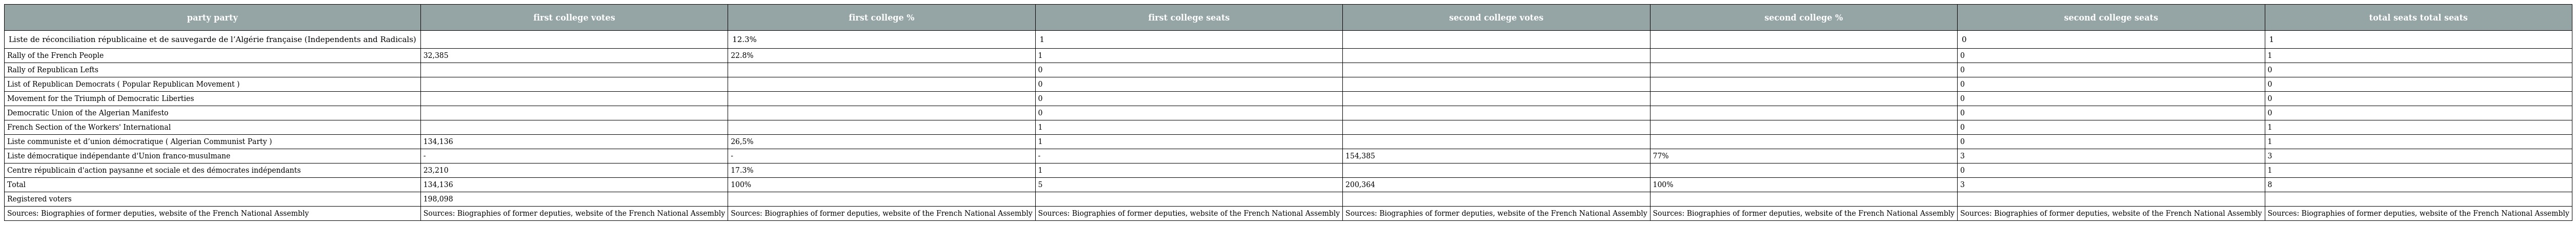
| party party | first college votes | first college % | first college seats | second college votes | second college % | second college seats | total seats total seats |
 | --- | --- | --- | --- | --- | --- | --- | --- |
 | Liste de réconciliation républicaine et de sauvegarde de l’Algérie française (Independents and Radicals) |  | 12.3% | 1 |  |  | 0 | 1 |
 | Rally of the French People | 32,385 | 22.8% | 1 |  |  | 0 | 1 |
 | Rally of Republican Lefts |  |  | 0 |  |  | 0 | 0 |
 | List of Republican Democrats ( Popular Republican Movement ) |  |  | 0 |  |  | 0 | 0 |
 | Movement for the Triumph of Democratic Liberties |  |  | 0 |  |  | 0 | 0 |
 | Democratic Union of the Algerian Manifesto |  |  | 0 |  |  | 0 | 0 |
 | French Section of the Workers' International |  |  | 1 |  |  | 0 | 1 |
 | Liste communiste et d’union démocratique ( Algerian Communist Party ) | 134,136 | 26,5% | 1 |  |  | 0 | 1 |
 | Liste démocratique indépendante d'Union franco-musulmane | - | - | - | 154,385 | 77% | 3 | 3 |
 | Centre républicain d'action paysanne et sociale et des démocrates indépendants | 23,210 | 17.3% | 1 |  |  | 0 | 1 |
 | Total | 134,136 | 100% | 5 | 200,364 | 100% | 3 | 8 |
 | Registered voters | 198,098 |  |  |  |  |  |  |
 | Sources: Biographies of former deputies, website of the French National Assembly | Sources: Biographies of former deputies, website of the French National Assembly | Sources: Biographies of former deputies, website of the French National Assembly | Sources: Biographies of former deputies, website of the French National Assembly | Sources: Biographies of former deputies, website of the French National Assembly | Sources: Biographies of former deputies, website of the French National Assembly | Sources: Biographies of former deputies, website of the French National Assembly | Sources: Biographies of former deputies, website of the French National Assembly |